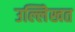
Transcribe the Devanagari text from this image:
उल्लेिखत